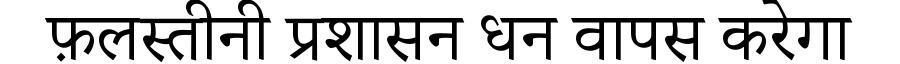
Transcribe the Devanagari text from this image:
फ़लस्तीनी प्रशासन धन वापस करेगा